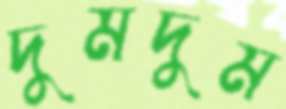
দুমদুম